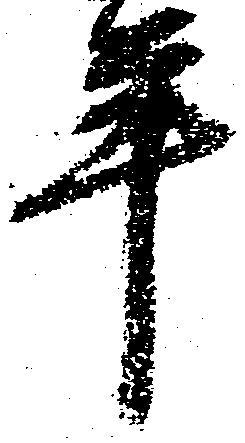
年